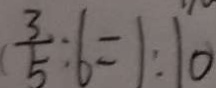
( \frac { 3 } { 5 } : 6 = 1 : 1 0